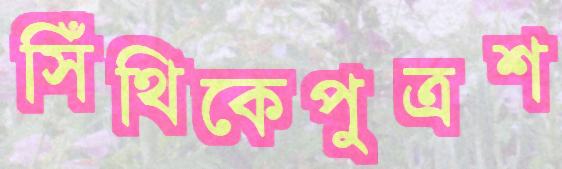
সিঁথিকেপুত্রশ